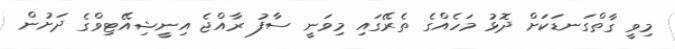
މިވީ ގާތްގަނޑަކަށް ދޮޅު މަހެއްގެ ތެރޭގައި މިވަނީ ސާފު ރާއްޖެ އިނީޝިއޭޓިވްގެ ދަށުން